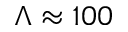
\Lambda \approx 1 0 0